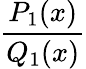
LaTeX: \frac{P_{1}(x)}{Q_{1}(x)}